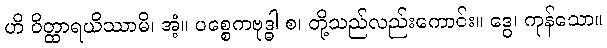
ဟိ ဝိတ္ထာရယိဿာမိ၊ အံ့။ ပစ္စေကဗုဒ္ဓါ စ၊ တို့သည်လည်းကောင်း။ ဒွေ၊ ကုန်သော။